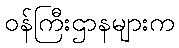
ဝန်ကြီးဌာနများက